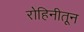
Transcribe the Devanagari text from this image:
रोहिनीतून